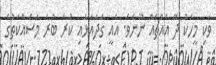
ވަކި މީހަކު ދޭ އެއްޗެއް ނޫނެވެ. އެއީ ގަދައަޅައި ކުރާ ބުރަ މަސައްކަތުގެ